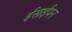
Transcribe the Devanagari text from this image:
ईसाईपन